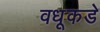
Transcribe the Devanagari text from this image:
वधूकडे